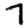
Digit: 7